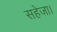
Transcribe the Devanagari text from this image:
सहेजा।